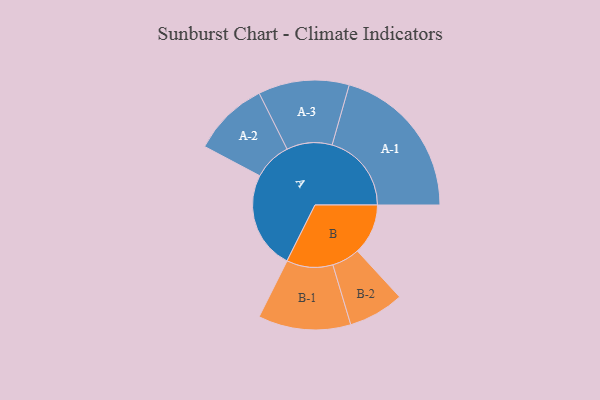
{"axis": {"x": "Segment", "y": "Value"}, "legend": ["", "A", "B"], "data": [{"x": "A", "y": 355, "type": ""}, {"x": "B", "y": 184, "type": ""}, {"x": "A-1", "y": 288, "type": "A"}, {"x": "A-2", "y": 138, "type": "A"}, {"x": "A-3", "y": 165, "type": "A"}, {"x": "B-1", "y": 168, "type": "B"}, {"x": "B-2", "y": 101, "type": "B"}]}